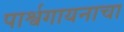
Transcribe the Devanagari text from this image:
पार्श्वगायनाचा